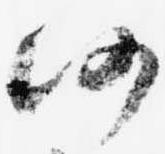
仍